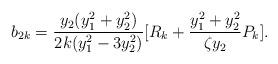
LaTeX: \begin{align*}b_{2k}=\frac{y_{2}(y_{1}^{2}+y_{2}^{2})}{2k(y_{1}^{2}-3y_{2}^{2})}[R_{k} +\frac{y_{1}^{2}+y_{2}^{2}}{\zeta y_{2}}P_{k}].\end{align*}